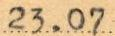
23.07